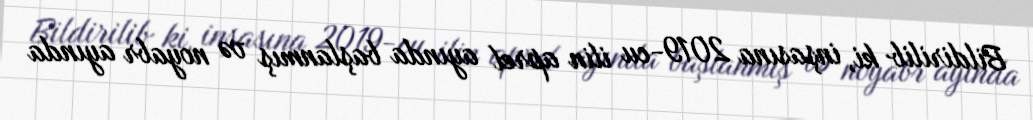
Bildirilib ki, inşasına 2019-cu ilin aprel ayında başlanmış və noyabr ayında